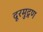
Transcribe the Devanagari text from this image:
दूरमुद्रण